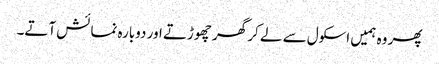
پھر وہ ہمیں اسکول سے لے کر گھر چھوڑتے اور دوبارہ نمائش آتے۔